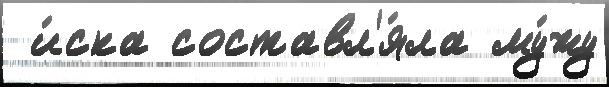
 и́ска составл'я́ла му́жу